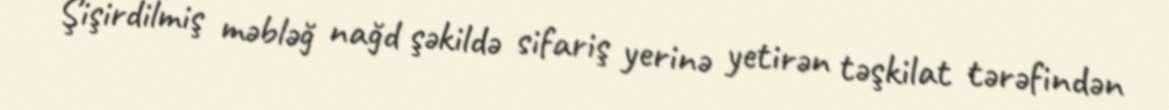
Şişirdilmiş məbləğ nağd şəkildə sifariş yerinə yetirən təşkilat tərəfindən